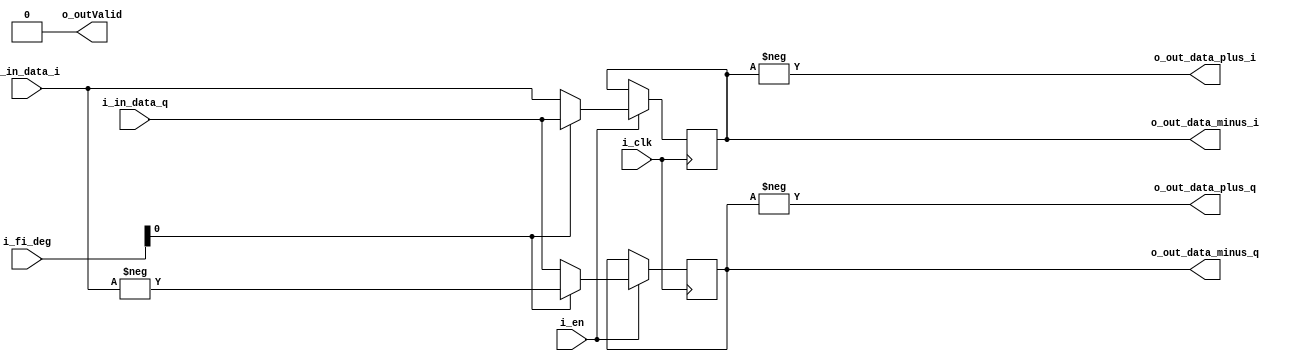
`timescale 1ns / 1ps
//////////////////////////////////////////////////////////////////////////////////
// Company: 
// Engineer: 
// 
// Design Name: 
// Module Name: multComplexE
// Project Name: 
// Target Devices: 
// Tool Versions: 
// Description: 
// 
// Dependencies: 
// 
// Revision:
// Revision 0.01 - File Created
// Additional Comments: moduul for FFT
//          COMPENS_FP==add
//////////////////////////////////////////////////////////////////////////////////

module multComplexE #(parameter SIZE_DATA_FI = 2/*LOG2(NFFT)*/,
                      parameter DATA_FFT_SIZE = 16,
                      parameter FAST = "slow",/*slow fast ultrafast slow mult x1 fast mult x2 ultrafast mult x4*/
                      parameter TYPE = "forvard",/*forvard invers*/
                      parameter COMPENS_FP = "false", /*false true or add razrad*/
                      parameter USE_ROUND = 1,/*0 or 1*/
                      parameter USE_DSP = 1/*0 or 1*/)(
    i_clk,
    i_en,
    i_in_data_i,
    i_in_data_q,
    i_fi_deg,/*NOTE       size [SIZE_DATA_FI-2:0]*/
    o_out_data_minus_i,
    o_out_data_minus_q,
    o_out_data_plus_i,
    o_out_data_plus_q,
    o_outValid
    );
    
    localparam _USE_ROUND = USE_ROUND==0 ? 0 : 1;
    localparam _USE_DSP = USE_DSP == 0 ? 0 : 1;
    
    // 2   
    //1   1   
    //2 data_int = (data_float*2 + 1)/2 
    
    input i_clk;
    input i_en;
    input [DATA_FFT_SIZE-1:0] i_in_data_i;
    input [DATA_FFT_SIZE-1:0] i_in_data_q;
    input [15:0] i_fi_deg;
    output [DATA_FFT_SIZE-1 + (COMPENS_FP=="add"?1:0) :0] o_out_data_minus_i;
    output [DATA_FFT_SIZE-1 + (COMPENS_FP=="add"?1:0) :0] o_out_data_minus_q;
    output [DATA_FFT_SIZE-1 + (COMPENS_FP=="add"?1:0) :0] o_out_data_plus_i;
    output [DATA_FFT_SIZE-1 + (COMPENS_FP=="add"?1:0) :0] o_out_data_plus_q;
    output reg o_outValid;
    
    initial o_outValid = 1'b0;
    
    //  1    
    assign o_out_data_plus_i = -o_out_data_minus_i;
    assign o_out_data_plus_q = -o_out_data_minus_q;
    
//    output reg module_en = 1'b0;
    
    genvar i;
    generate
    if(SIZE_DATA_FI > 2) 
    begin
    

    reg _module_en = 1'b0;
    reg mult = 1'b0;
    reg multDone = 1'b0;

    
    reg [16:0] in_cos = 0;
    reg [16:0] in_sin = 0;

    reg [DATA_FFT_SIZE-1:0] in_mult_data_i;
    reg [DATA_FFT_SIZE-1:0] in_mult_data_q;
    
    wire multComplexComplete;
   
//    reg [16:0] d1_in_cos;
//    reg [16:0] d1_in_sin;
    
//    reg [DATA_FFT_SIZE-1:0] d1_in_mult_data_i;
//    reg [DATA_FFT_SIZE-1:0] d1_in_mult_data_q;
    
//    reg d1_mult;

    cmplx_mixer
    #(
      .pIDAT_W(DATA_FFT_SIZE) ,
      .pDDS_W(17) ,
      .pODAT_W(DATA_FFT_SIZE+2 + (COMPENS_FP=="add"?1:0)) ,
      .pMUL_W(0) ,
      .pCONJ(0) ,
      .pUSE_DSP_ADD(_USE_DSP) , // use altera dsp internal adder or not (differ registers)
      .pUSE_ROUND(_USE_ROUND)
    )
    cmplx_mult(
      .iclk(i_clk)    ,
      .ireset(0)  ,
      .iclkena(1'b1) ,
      //
      .ival(mult)    ,
      .idat_re(/*in_data_i*/in_mult_data_i) ,
      .idat_im(/*in_data_q*/in_mult_data_q) ,
//      .idat_re(d1_in_mult_data_i) ,
//      .idat_im(d1_in_mult_data_q) ,
      //
      .icos(in_cos)    ,
      .isin(in_sin)    ,
//      .icos(d1_in_cos)    ,
//      .isin(d1_in_sin)    ,
      //
      .oval(multComplexComplete),
      .odat_re(o_out_data_minus_i) ,
      .odat_im(o_out_data_minus_q)
    );

    //(* ram_style="block" *)
    //(* ram_style="distributed" *)
    //(* ram_style="register" *)
    //(* ram_style="ultra" *)
    // cos sin  FFT
    /*(* ram_style="block" *)*/reg [16:0] cos [2**(SIZE_DATA_FI)/2-1:0];
    /*(* ram_style="block" *)*/reg [16:0] sin [2**(SIZE_DATA_FI)/2-1:0];

    reg [3:0] timer_4clock = 0;
    
    
//    always @(posedge clk)
//    begin
//        d1_mult <= mult;
//        d1_in_cos <= in_cos;
//        d1_in_sin <= in_sin;
//        d1_in_mult_data_i <= in_mult_data_i;
//        d1_in_mult_data_q <= in_mult_data_q;
//    end
    

    always @(posedge i_clk)
    begin
        
        if(mult | i_en)   begin if(timer_4clock < (3 + _USE_ROUND)) timer_4clock <= timer_4clock + 1;end
        else            timer_4clock <= 0;
        
        if(timer_4clock == (3 + _USE_ROUND))        o_outValid <= 1'b1;
        else /*if(en)*/                             o_outValid <= 1'b0;
        
        if(i_en)
        begin
            in_cos = cos[i_fi_deg[SIZE_DATA_FI-2:0]];
            
            if(TYPE == "forvard")
            begin
                in_sin = sin[i_fi_deg[SIZE_DATA_FI-2:0]];
            end
            else if(TYPE == "invers")
            begin
                in_sin = -sin[i_fi_deg[SIZE_DATA_FI-2:0]];
            end
            
            in_mult_data_i <= i_in_data_i;
            in_mult_data_q <= i_in_data_q;
            
            
            if(!mult) mult <= 1'b1;//begin mult(on second clk mult will be done)
            else if((timer_4clock == (3 + _USE_ROUND)) & (i_en == 1'b0)) mult <= 1'b0;
        end
        else if((timer_4clock == (3 + _USE_ROUND)) & (i_en == 1'b0)) mult <= 1'b0;
    end

    initial
    begin
        if(SIZE_DATA_FI == 2)//8dot
        begin
            $readmemh("cos4.mem",cos);
            $readmemh("sin4.mem",sin);
        end
        else if(SIZE_DATA_FI == 3)//8dot
        begin
            $readmemh("cos8.mem",cos);
            $readmemh("sin8.mem",sin);
        end
        else if(SIZE_DATA_FI == 4)//16dot
        begin
            $readmemh("cos16.mem",cos);
            $readmemh("sin16.mem",sin);
        end
        else if(SIZE_DATA_FI == 5)//32dot
        begin
            $readmemh("cos32.mem",cos);
            $readmemh("sin32.mem",sin);
        end
        else if(SIZE_DATA_FI == 6)//64dot
        begin
            $readmemh("cos64.mem",cos);
            $readmemh("sin64.mem",sin);
        end
        else if(SIZE_DATA_FI == 7)//128dot
        begin
            $readmemh("cos128.mem",cos);
            $readmemh("sin128.mem",sin);
        end
        else if(SIZE_DATA_FI == 8)//256dot
        begin
            $readmemh("cos256.mem",cos);
            $readmemh("sin256.mem",sin);
        end
        
//        for(i = SIZE_DATA_FI/2; i < SIZE_DATA_FI; i=i+1)
//        begin
//            cos[i] = sin[i - SIZE_DATA_FI/2];
//            sin[i] = -cos[i - SIZE_DATA_FI/2];
//        end
    end
    
    end
    else if(SIZE_DATA_FI == 2)// 4      
    begin
        reg multDone = 1'b0;
        
        reg [DATA_FFT_SIZE-1:0] data_i;
        reg [DATA_FFT_SIZE-1:0] data_q;
        assign o_out_data_minus_i = data_i;
        assign o_out_data_minus_q = data_q;
        always @(posedge i_clk)
        begin
            if(i_en)
            begin
                multDone <= 1'b1;
                if(TYPE == "forvard")
                begin
                    if(i_fi_deg[0]) data_i <= i_in_data_q;
                    else            data_i <= i_in_data_i;
                    if(i_fi_deg[0]) data_q <= -i_in_data_i;
                    else            data_q <= i_in_data_q;
                end
                else if(TYPE == "invers")
                begin
                    if(i_fi_deg[0]) data_i <= -i_in_data_q;
                    else            data_i <= i_in_data_i;
                    if(i_fi_deg[0]) data_q <= i_in_data_i;
                    else            data_q <= i_in_data_q;
                end
            end
            else
            begin
                multDone <= 1'b0;
            end
        end
        
    end
    else//   2    FFT
    begin
    assign o_out_data_minus_i = i_in_data_i;
    assign o_out_data_minus_q = i_in_data_q;
    end
    endgenerate
    
    
endmodule